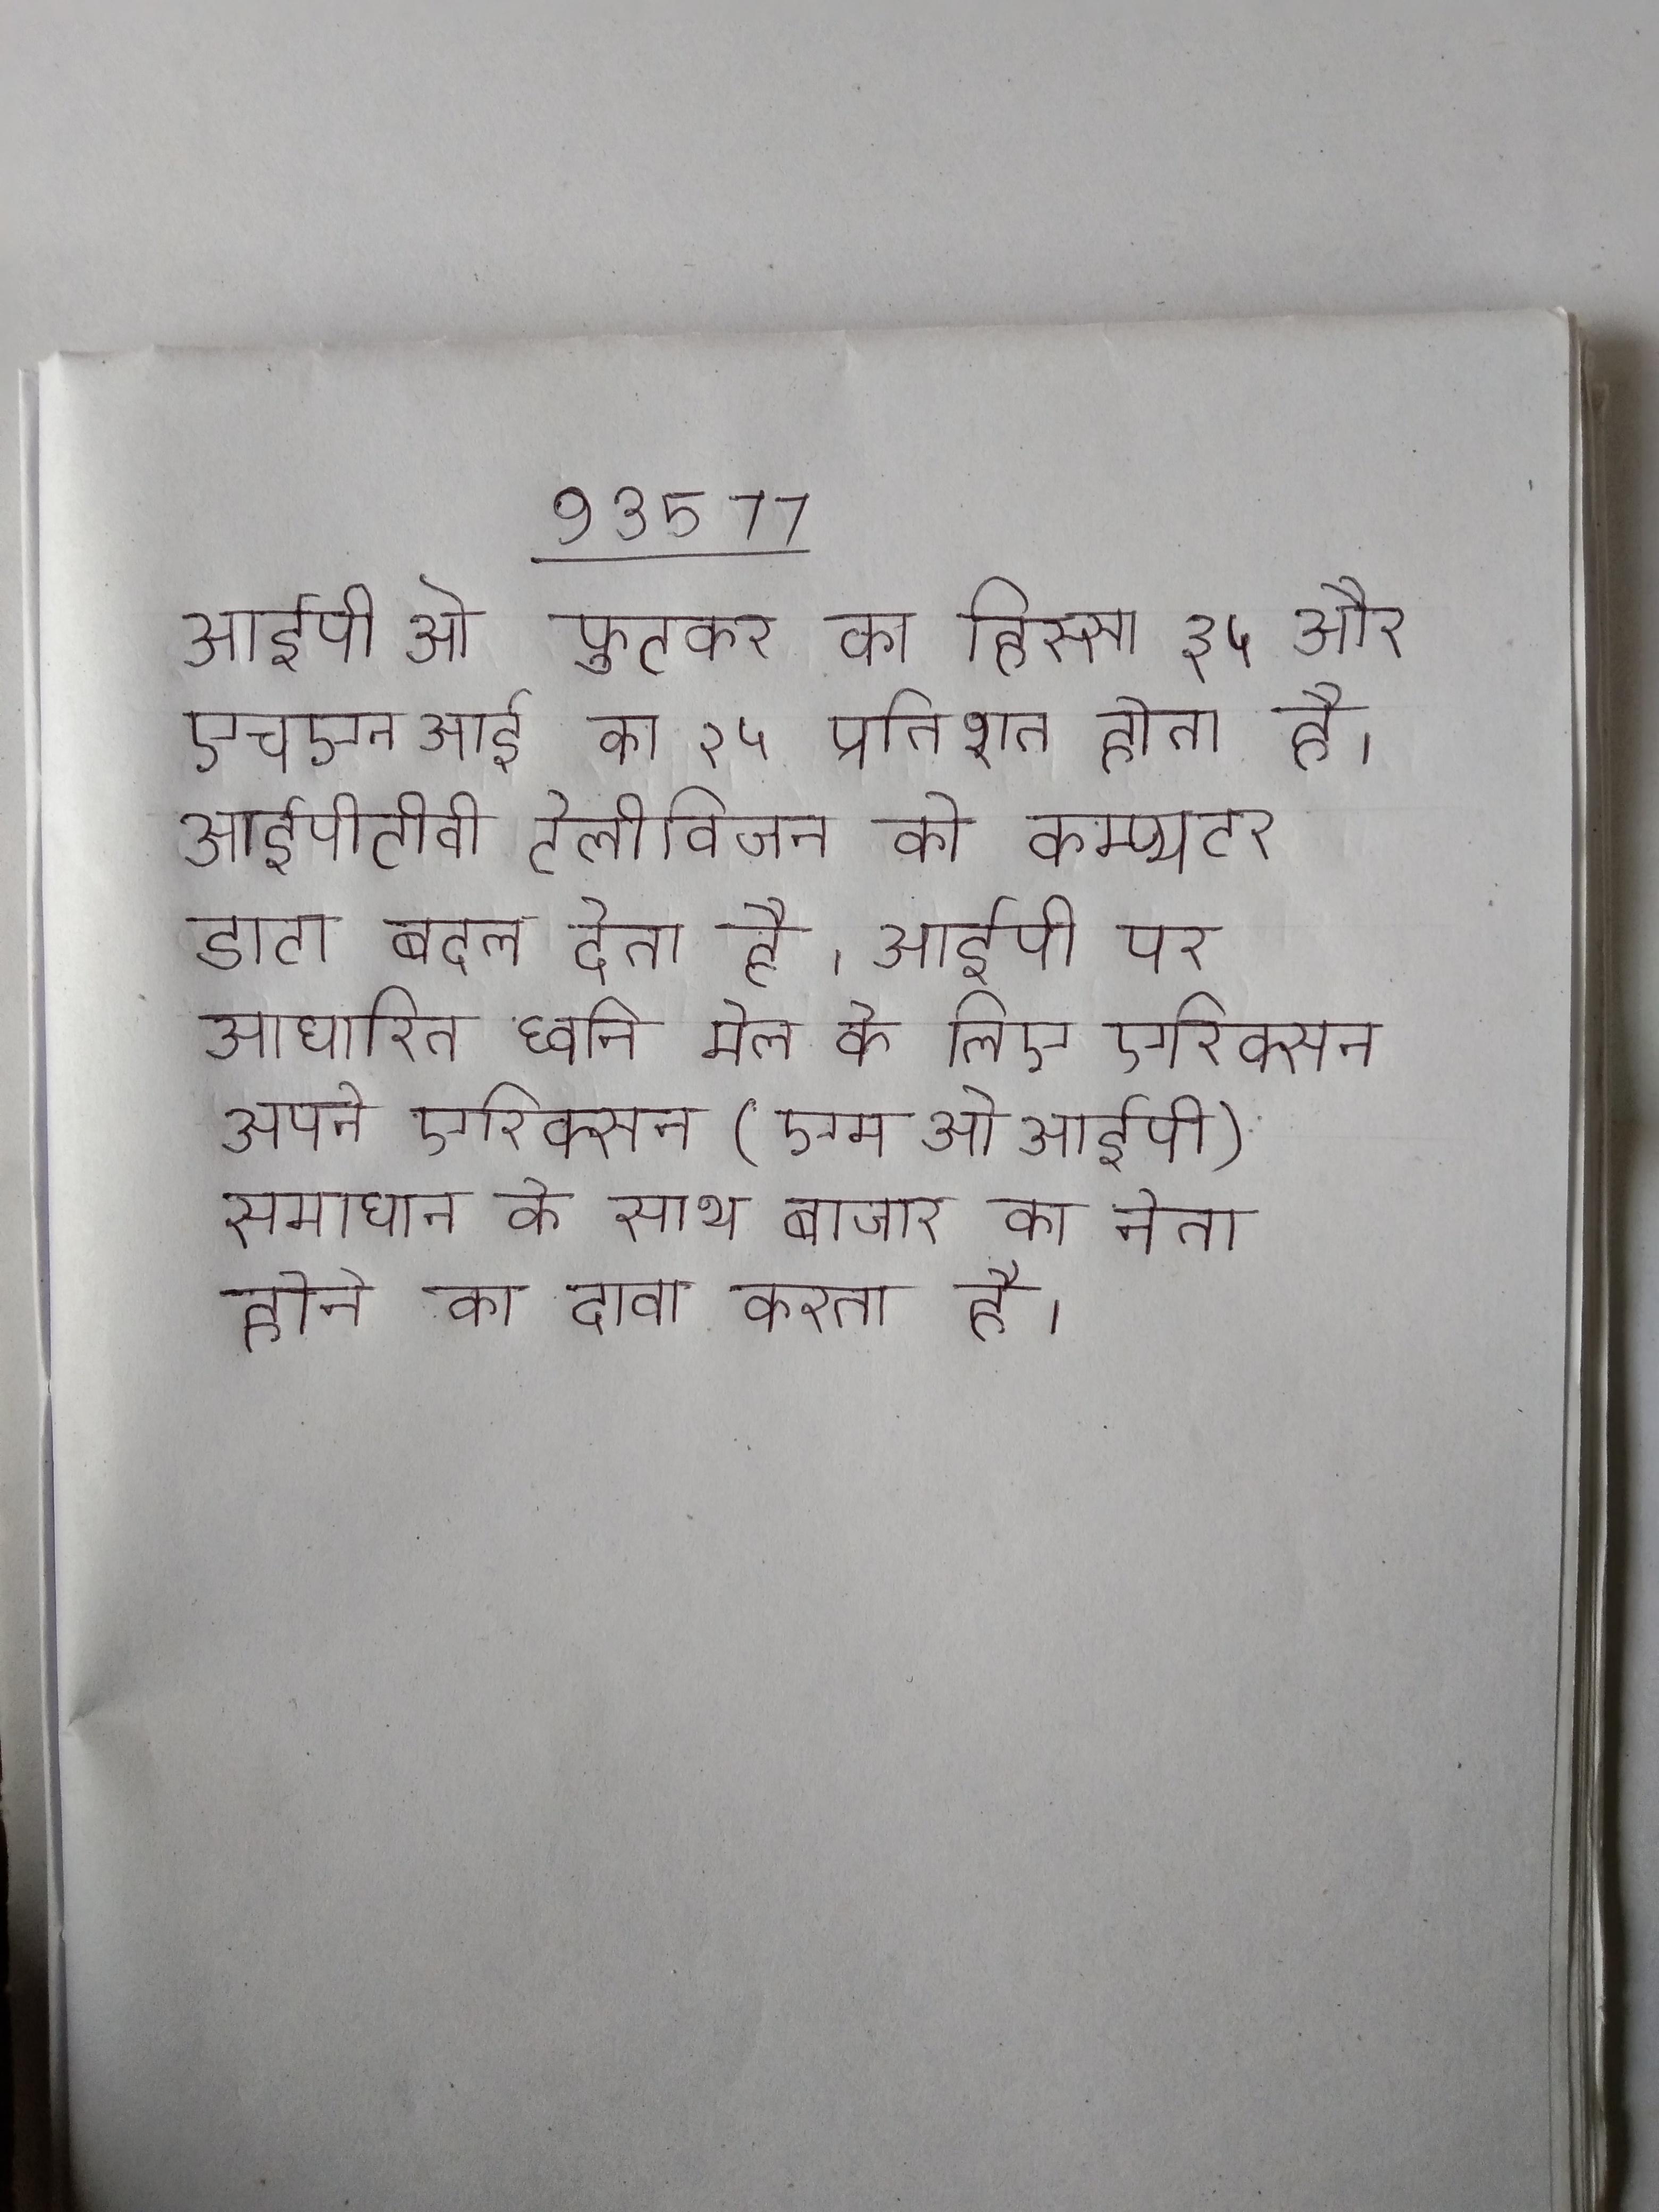
आईपीओ फुटकर का हिस्सा ३५ और एचएनआई का २५ प्रतिशत होता है । आईपीटीवी टेलीविजन को कम्प्यूटर डाटा बदल देता है । आईपी पर आधारित ध्वनि मेल के लिए एरिक्सन अपने एरिक्सन (एमओआईपी) समाधान के साथ बाजार का नेता होने का दावा करता है ।